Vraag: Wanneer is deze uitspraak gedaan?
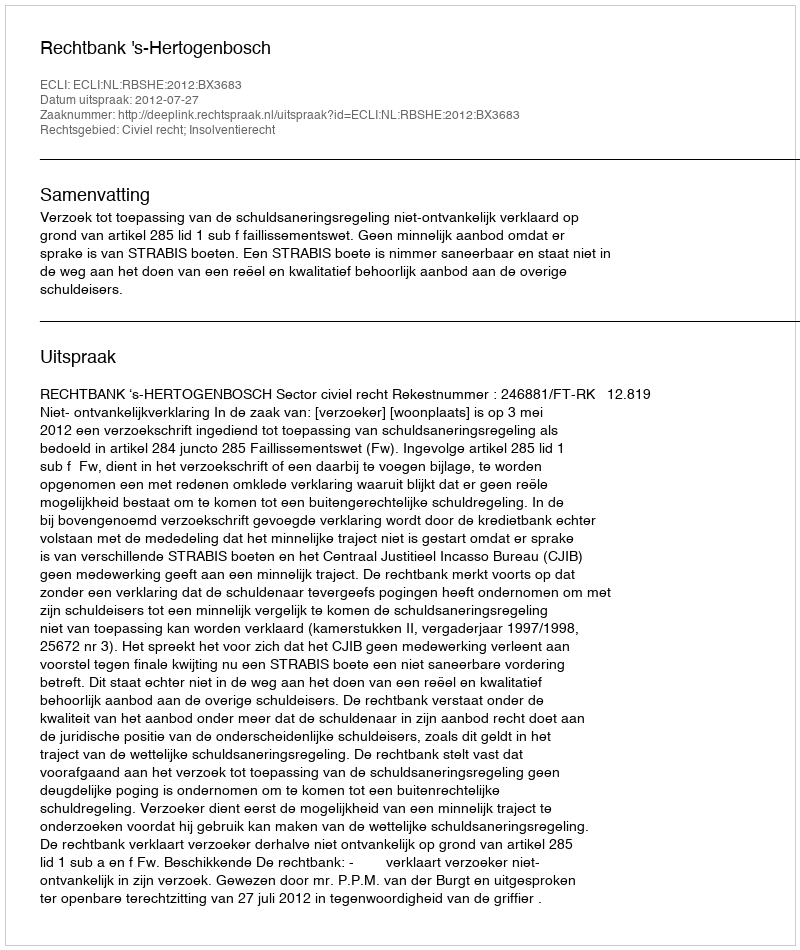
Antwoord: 2012-07-27